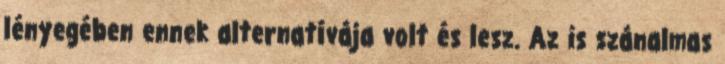
lényegében ennek alternatívája volt és lesz. Az is szánalmas